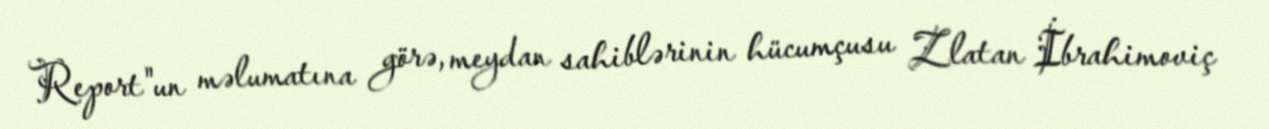
Report"un məlumatına görə, meydan sahiblərinin hücumçusu Zlatan İbrahimoviç